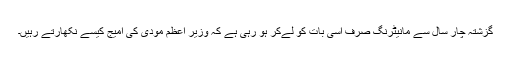
گزشتہ چار سال سے مانیٹرنگ صرف اسی بات کو لےکر ہو رہی ہے کہ وزیر اعظم مودی کی امیج کیسے نکھارتے رہیں۔